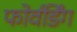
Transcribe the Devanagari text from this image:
फोर्वर्डिंग